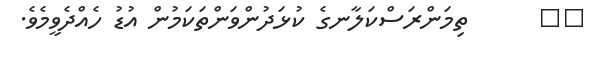
٤٧      ތިމަންރަސްކަލާނގެ ކުޅަދުންވަންތަކަމުން އުޑު ހެއްދެވީމެވެ.